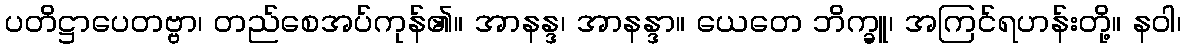
ပတိဋ္ဌာပေတဗ္ဗာ၊ တည်စေအပ်ကုန်၏။ အာနန္ဒ၊ အာနန္ဒာ။ ယေတေ ဘိက္ခူ၊ အကြင်ရဟန်းတို့။ နဝါ၊